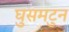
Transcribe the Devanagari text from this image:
घुसमटुन